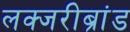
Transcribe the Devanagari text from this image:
लक्जरीब्रांड